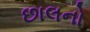
છાલનો